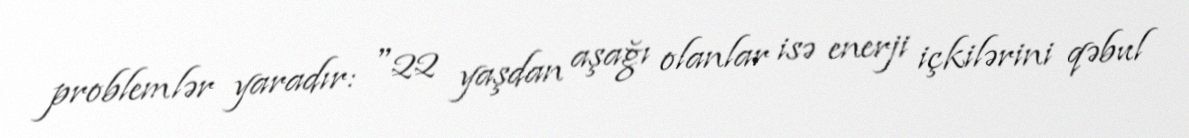
problemlər yaradır: "22 yaşdan aşağı olanlar isə enerji içkilərini qəbul